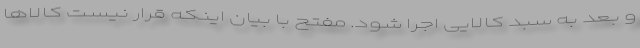
و بعد به سبد کالایی اجرا شود. مفتح با بیان اینکه قرار نیست کالاها